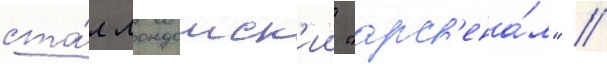
ста́л лондонск'ии "арс'ена́л" //